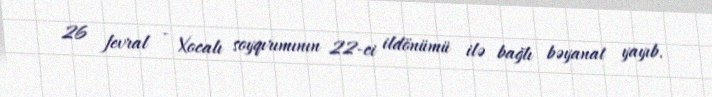
26 fevral - Xocalı soyqırımının 22-ci ildönümü ilə bağlı bəyanat yayıb.